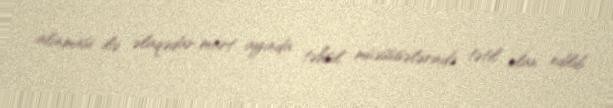
alınması ilə əlaqədar mart ayında təhsil müəssisələrində tətil elan edilib.